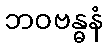
ဘဝဗန္ဓနံ